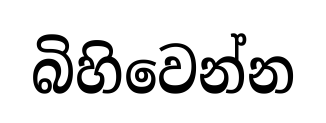
බිහිවෙන්න